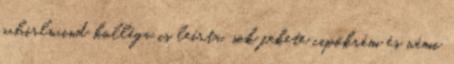
whirlwind kolléga is leírta, sok fekete cipőkrém és némi